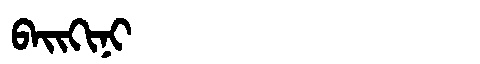
Manchu: ᠪᠠᡳᡴᡳᠨᡳ
Romanization: BAIKINI